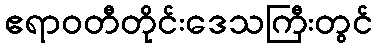
ဧရာဝတီတိုင်းဒေသကြီးတွင်